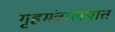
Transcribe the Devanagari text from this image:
गृहमंत्रालयात